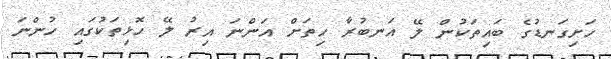
ހަށިގަނޑުގެ ބައިތަކުން ލޭ އަނބުރާ ހިތަށް އަންނަ އިރު ލޭ ހޮޅިތަކުގައި ހުންނަ